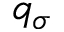
q _ { \sigma }